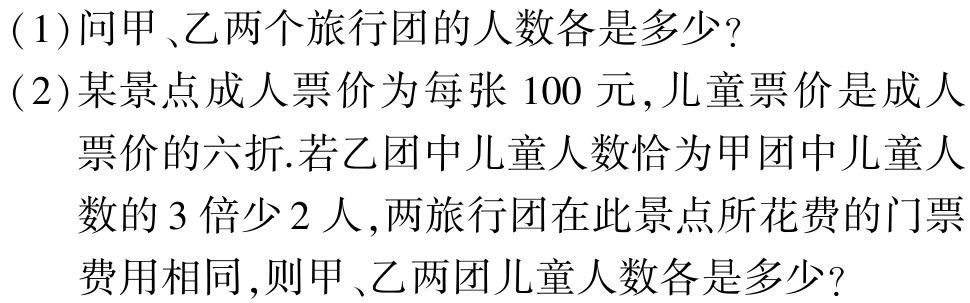
(1)问甲、乙两个旅行团的人数各是多少?

(2)某景点成人票价为每张$100$元,儿童票价是成人

  票价的六折.若乙团中儿童人数恰为甲团中儿童人

  数的$3$倍少$2$人,两旅行团在此景点所花费的门票

  费用相同,则甲、乙两团儿童人数各是多少?